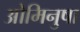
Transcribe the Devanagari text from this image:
ओमिनुषा